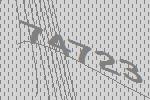
74723